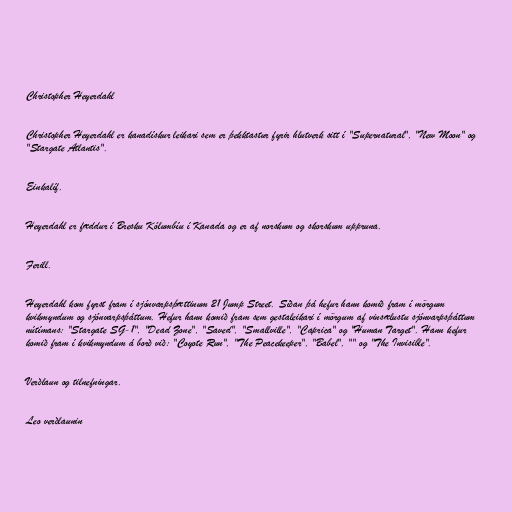
Christopher Heyerdahl

Christopher Heyerdahl er kanadískur leikari sem er þekktastur fyrir hlutverk sitt í "Supernatural", "New Moon" og
"Stargate Atlantis".

Einkalíf.

Heyerdahl er fæddur í Bresku Kólumbíu í Kanada og er af norskum og skorskum uppruna.

Ferill.

Heyerdahl kom fyrst fram í sjónvarpsþættinum 21 Jump Street. Síðan þá hefur hann komið fram í mörgum
kvikmyndum og sjónvarpsþáttum. Hefur hann komið fram sem gestaleikari í mörgum af vinsælustu sjónvarpsþáttum
nútímans: "Stargate SG-1", "Dead Zone", "Saved", "Smallville", "Caprica" og "Human Target". Hann kefur
komið fram í kvikmyndum á borð við: "Coyote Run", "The Peacekeeper", "Babel", "" og "The Invisible".

Verðlaun og tilnefningar.

Leo verðlaunin